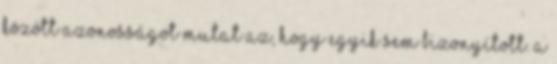
között azonosságot mutat az, hogy egyik sem bizonyított. A